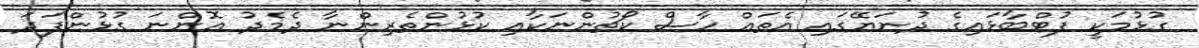
ގުޅުމަކީ ފުޓްބާޅައިގެ ދުނަޔޭގައި އެތައް ހާސް ކޯޗުންނަކާއި ކުޅުންތެރިންނާ ދެމެދު އޮންނަ ގުޅުންފަދަ